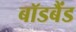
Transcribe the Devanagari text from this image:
बॉडबैंड